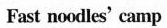
Fast noodles' camp